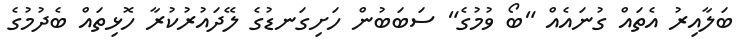
ބަލާއިރު އެތައް ގުނައެއް "ބޯ ވުމުގެ" ސަބަބުން ހަށިގަނޑުގެ ލޭދައުރުކުރާ ހޮޅިތައް ބެދުމުގެ